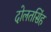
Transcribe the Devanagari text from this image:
दोलतसिंह